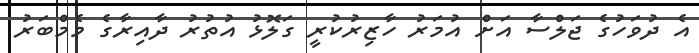
އެ ދުވަހުގެ ޖަލްސާ އަށް އުމަރު ހާޒިރުކުރީ ގަލޮޅު އުތުރު ދާއިރާގެ މެމްބަރު